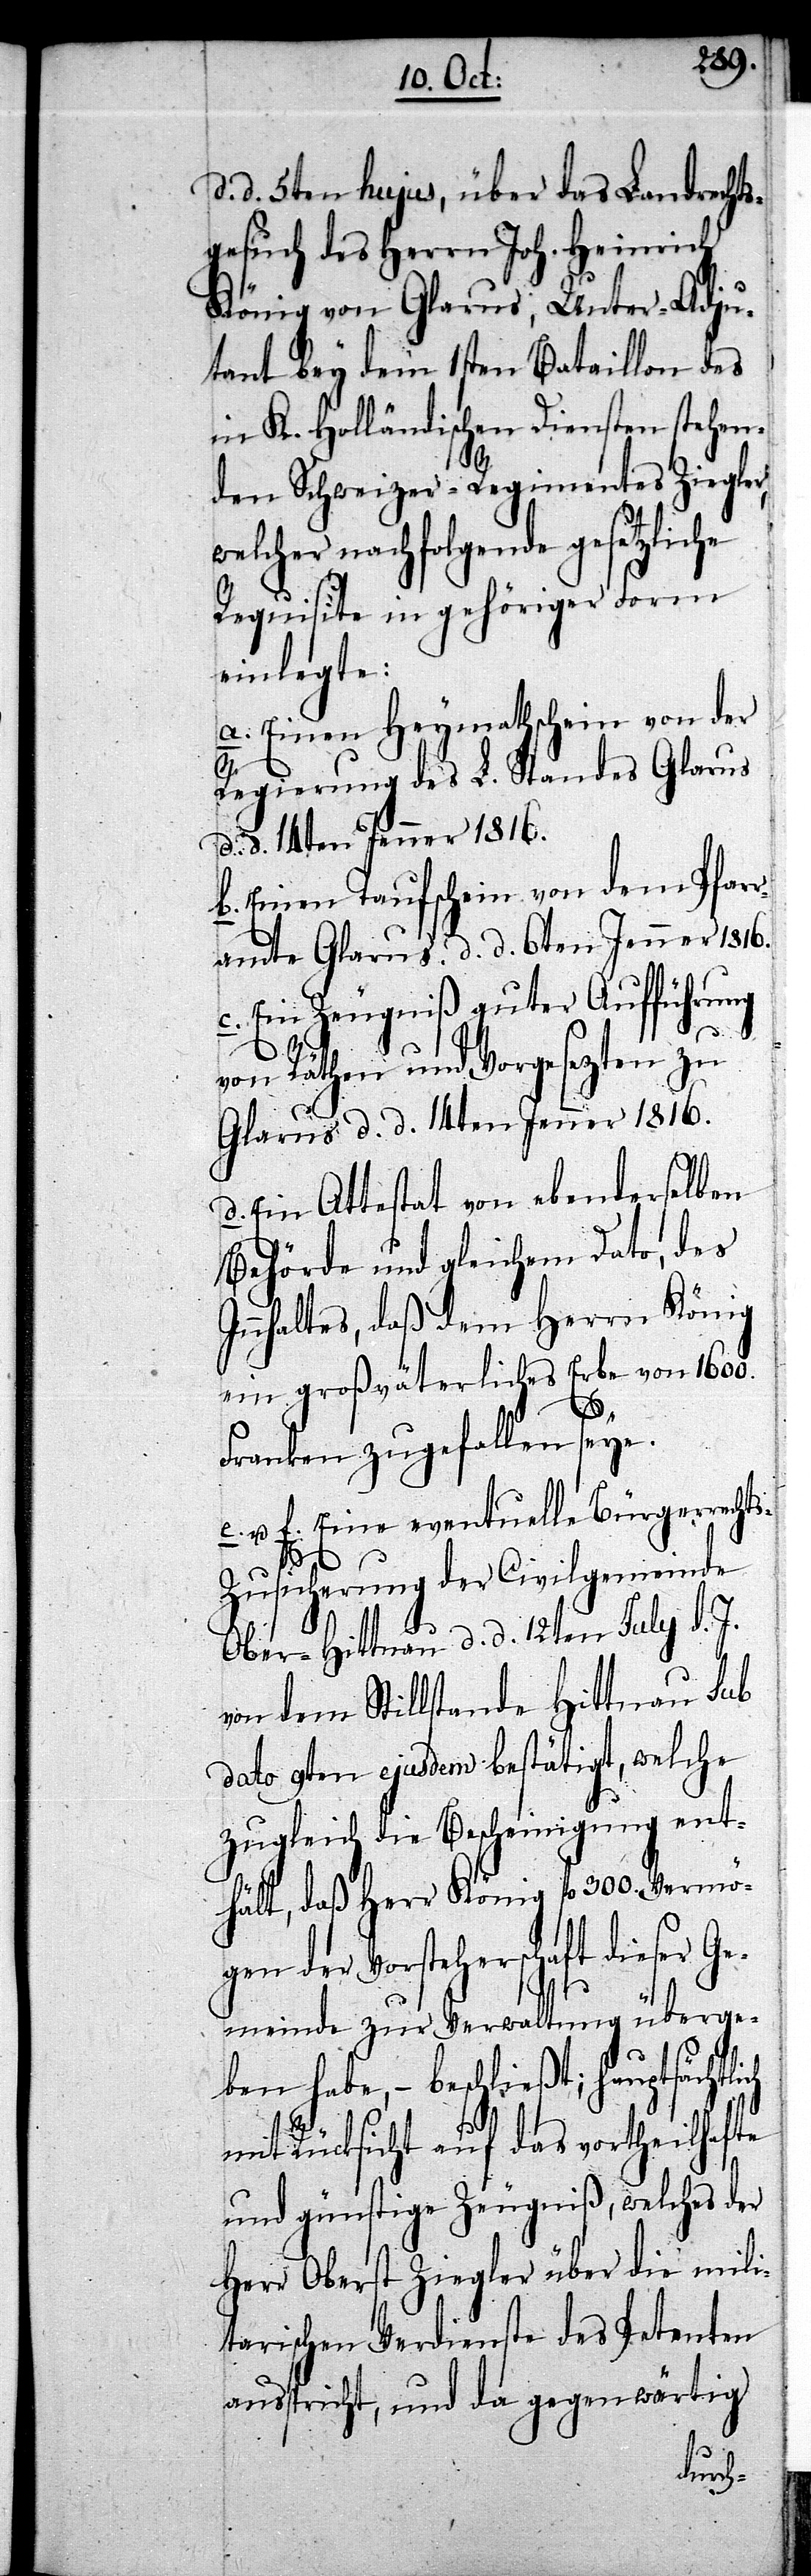
d. d. 5ten hujus, über das Landrechts¬
gesuch des Herrn Joh. Heinrich
König von Glarus, Unter-Adju¬
tant bey dem 1sten Bataillon des
in K. Holländischen Diensten stehen¬
den Schweizer-Regimentes Ziegler,
welcher nachfolgende gesetzliche
Requisite in gehöriger Form
einlegte:
a. Einen Heymathschein von der
Regierung des L. Standes Glarus
d. d. 14ten Jenner 1816.
b. Einen Taufschein von dem Pfar¬
ramte Glarus. d. d. 6ten Jenner 1816.
c. Ein Zeugniß guter Aufführung
von Räthen und Vorgesezten zu
Glarus d. d. 14ten Jenner 1816.
d. Ein Attestat von ebenderselben
Behörde und gleichem dato, des
Innhaltes, daß dem Herrn König
ein großväterliches Erbe von 1600.
ch
Franken zugefallen seye.
u. f. Eine eventuelle Bürgerrecht¬
s-Zusicherung der Civilgemeinde
Ober-Hittnau d. d. 12ten July d. J.
von dem Stillstande Hittnau sub
dato 9ten ejusdem bestätigt, welche
zugleich die Bescheinigung ent¬
hält, daß Herr König fl 300. Vermö¬
gen der Vorsteherschaft dieser Ge¬
meinde zur Verwaltung überge¬
ben habe, – beschließt; hauptsächli¬
mit Rücksicht auf das vortheilhafte
und günstige Zeugniß, welches der
Herr Oberst Ziegler über die mili¬
tarischen Verdienste des Petenten
ausspricht, und da gegenwärtig